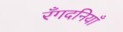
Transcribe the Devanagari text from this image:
रँगदनियाँ